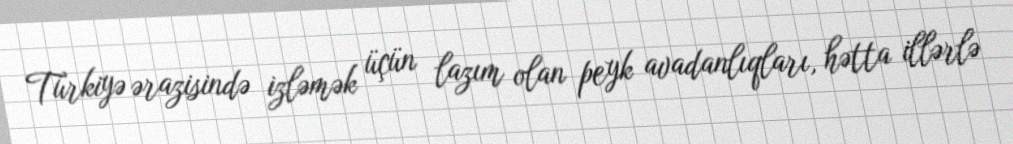
Türkiyə ərazisində izləmək üçün lazım olan peyk avadanlıqları, hətta illərlə